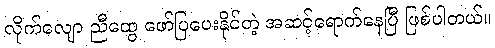
လိုက်လျော ညီထွေ ဖော်ပြပေးနိုင်တဲ့ အဆင့်ရောက်နေပြီ ဖြစ်ပါတယ်။